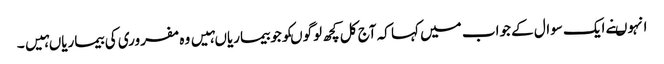
انہوںنے ایک سوال کے جواب میں کہا کہ آج کل کچھ لوگوںکوجوبیماریاںہیں وہ مفروری کی بیماریاںہیں۔